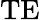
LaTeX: \mathrm{TE}